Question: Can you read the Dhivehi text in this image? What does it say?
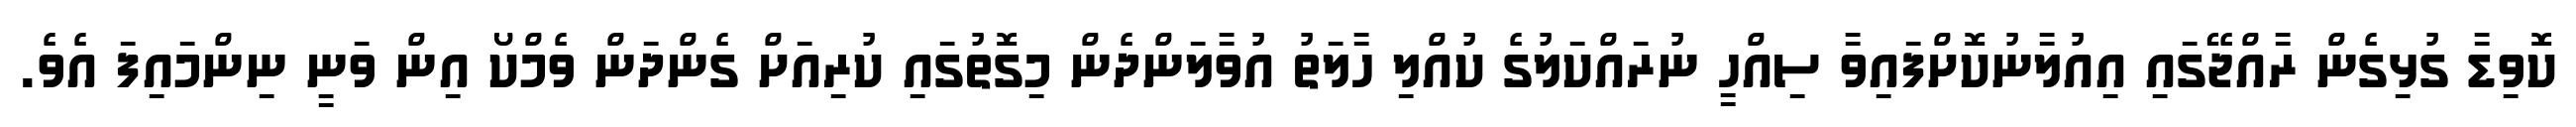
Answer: ކޮވިޑާ ގުޅިގެން ރާއްޖޭގައި އިއުލާނުކޮށްފައިވާ ސިއްހީ ނުރައްކަލުގެ ކުއްލި ހާލަތު އުވާލަންދެން މިގޮތުގައި ކުރިއަށް ގެންދަން ވެމްކޯ އިން ވަނީ ނިންމައިފަ އެވެ.